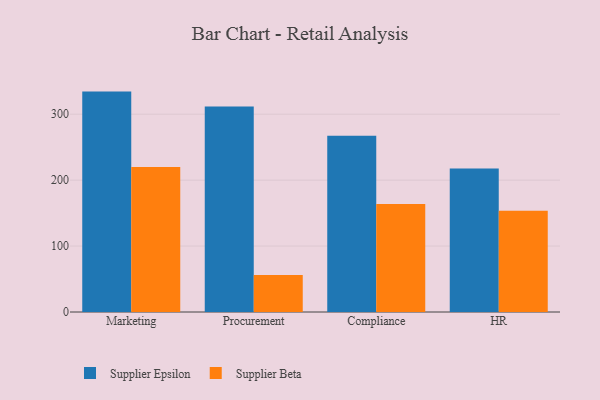
{"axis": {"x": "Department", "y": "Revenue (USD Million)"}, "legend": ["Supplier Beta", "Supplier Epsilon"], "data": [{"x": "Marketing", "y": 334.3, "type": "Supplier Epsilon"}, {"x": "Marketing", "y": 219.9, "type": "Supplier Beta"}, {"x": "Procurement", "y": 311.6, "type": "Supplier Epsilon"}, {"x": "Procurement", "y": 56.2, "type": "Supplier Beta"}, {"x": "Compliance", "y": 267.4, "type": "Supplier Epsilon"}, {"x": "Compliance", "y": 163.9, "type": "Supplier Beta"}, {"x": "HR", "y": 217.7, "type": "Supplier Epsilon"}, {"x": "HR", "y": 153.7, "type": "Supplier Beta"}]}